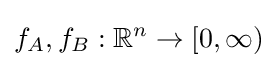
f_{A},f_{B}:\mathbb {R} ^{n}\to [0,\infty )